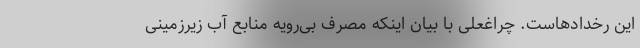
این رخدادهاست. چراغعلی با بیان اینکه مصرف بی‌رویه منابع آب زیرزمینی